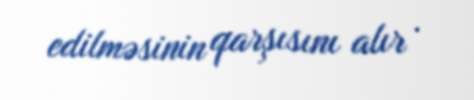
edilməsinin qarşısını alır .